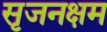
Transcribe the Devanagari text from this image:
सृजनक्षम